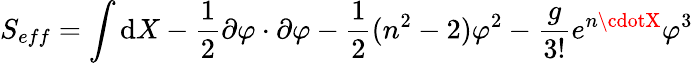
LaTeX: S_{eff}=\int\mathrm{d}X-\frac{{1}}{{2}}\partial\varphi\cdot\partial\varphi-\frac{{1}}{{2}}(n^{2}-2)\varphi^{2}-\frac{{g}}{{3!}}e^{n\cdotX}\varphi^{3}